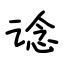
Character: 谂